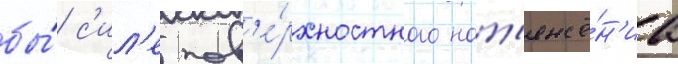
бы́ с'ил'е пов'е́рхностного нат'яже́н'иа